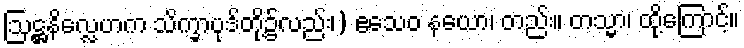
ဩဋ္ဌနိလ္လေဟက သိက္ခာပုဒ်တို့၌လည်း၊) ဧသေဝ နယော၊ တည်း။ တသ္မာ၊ ထို့ကြောင့်။